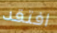
افتقد